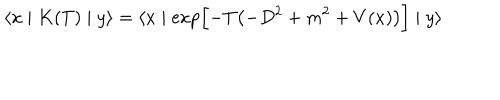
\langle x \mid K ( T ) \mid y \rangle = \langle x \mid \exp \Bigl [ - T \bigl ( - D ^ { 2 } + m ^ { 2 } + V ( x ) \bigr ) \Bigr ] \mid y \rangle